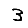
Digit: 3